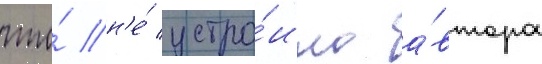
что́ н'е́ устро́ило а́втора